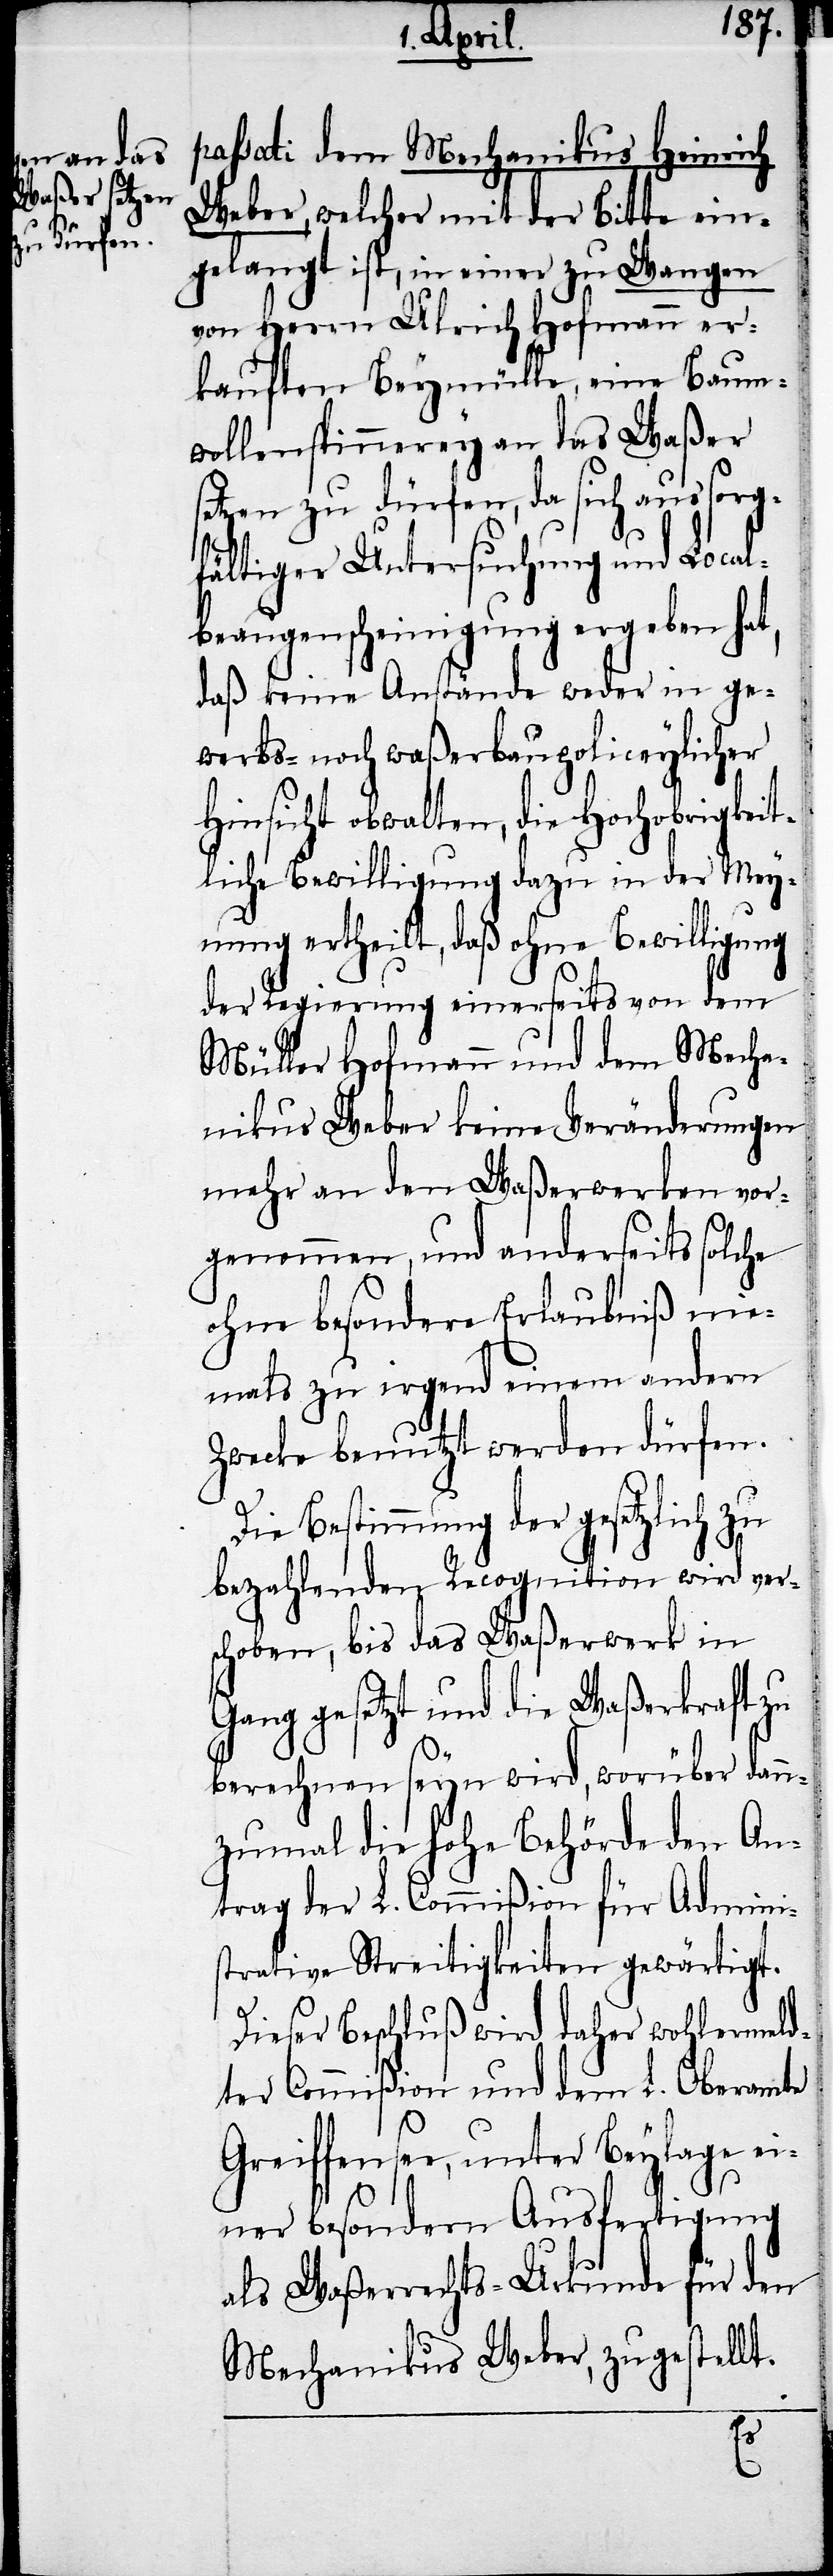
uften

passati dem Mechanikus Heinrich
Weber, welcher mit der Bitte ein¬
gelangt ist, in einer zu Wangen
von Herrn Ulrich Hofmann er¬
wollenspinnerey an das Waßer
setzen zu dürfen, da sich aus sorg¬
fältiger Untersuchung und Local¬
beaugenscheinigung ergeben hat,
daß keine Anstände weder in ge¬
werbs- noch waßerbaupoliceylicher
Hinsicht obwalten, die Hochobrigkeit¬
liche Bewilligung dazu in der Mey¬
nung ertheilt, daß ohne Bewilligung
der Regierung einerseits von dem
Müller Hofmann und dem Mecha¬
nikus Weber keine Veränderungen
mehr an den Waßerwerken vor¬
genommen, und anderseits solche
ohne besondere Erlaubniß nie¬
mals zu irgend einem andern
Zwecke benutzt werden dürfen.
Die Bestimmung der gesetzlich zu
bezahlenden Recognition wird vers¬
choben, bis das Waßerwerk in
Gang gesetzt und die Waßerkraft zu
berechnen seyn wird, worüber dan¬
nzumal die hohe Behörde den An¬
trag der L. Commißion für Admini¬
strative Streitigkeiten gewärtigt.
Dieser Beschluß wird daher wohlermeld¬
ter Commißion und dem L. Oberamte
Greiffensee, unter Beylage ei¬
ner besondern Ausfertigung
als Waßerrechts-Urkunde für den
Mechanikus Weber, zugestellt.
um¬